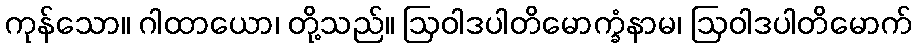
ကုန်သော။ ဂါထာယော၊ တို့သည်။ ဩဝါဒပါတိမောက္ခံနာမ၊ ဩဝါဒပါတိမောက်